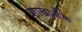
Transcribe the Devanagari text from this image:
शाखाऔंके